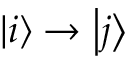
\ensuremath { \left| i \right\rangle } \rightarrow \ensuremath { \left| j \right\rangle }